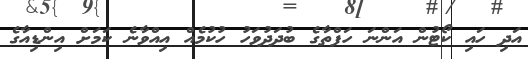
އަދި ހައި ކޯޓުން އަންނަ ހަފްތާގެ ބުދަދުވަހު ހުކުމެއް އިއްވާނެ ކަމަށް އިންޑިއާގެ